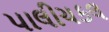
પાલીચકલ